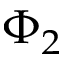
\Phi _ { 2 }